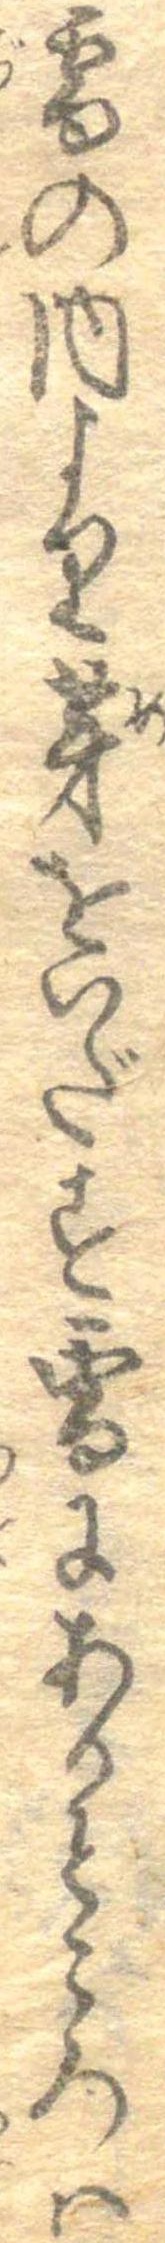
雪の内より芽をいだす雪にあるところは